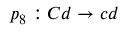
p _ { 8 } : C d \rightarrow c d